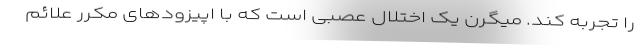
را تجربه کند. میگرن یک اختلال عصبی است که با اپیزودهای مکرر علائم